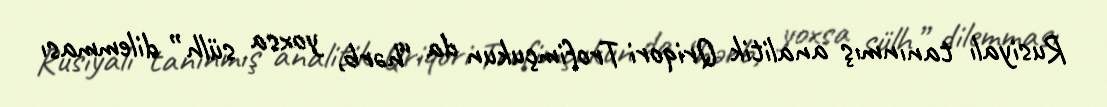
Rusiyalı tanınmış analitik Qriqori Trofimçukun da “hərb, yoxsa sülh” dilemması